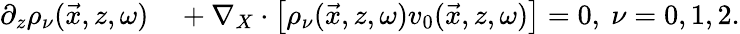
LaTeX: \begin{array}{rl}{\partial_{z}\rho_{\nu}(\vec{x},z,\omega)}&{{}+\nabla_{X}\cdot\left[\rho_{\nu}(\vec{x},z,\omega)v_{0}(\vec{x},z,\omega)\right]=0,~\nu=0,1,2.}\end{array}